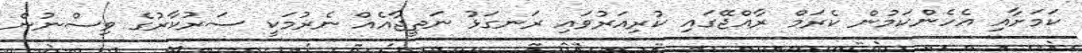
ކަމަށާއި އެހެންކަމުން ކެރަމް ރާއްޖޭގައި ކުރިއަރުވައި ރަނގަޅު ނަތީޖާއެއް ނެރުމަކީ ސަރުކާރުގެ ވިސްނުން